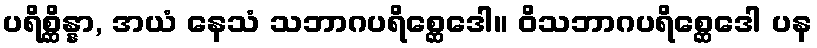
ပရိစ္ဆိန္နာ, အယံ နေသံ သဘာဂပရိစ္ဆေဒေါ။ ဝိသဘာဂပရိစ္ဆေဒေါ ပန